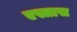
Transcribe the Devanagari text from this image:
एस्तास